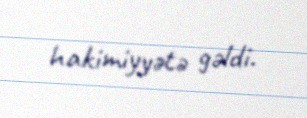
hakimiyyətə gəldi.